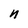
Character: n